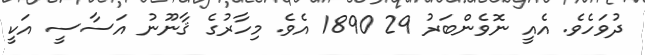
ދުވަހެވެ. އެއީ ނޮވެންބަރު 29 1890 އެވެ. މިހާރުގެ ޤާނޫނު އަސާސީ އަކީ